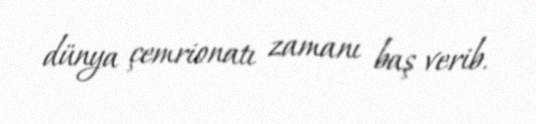
dünya çemrionatı zamanı baş verib.